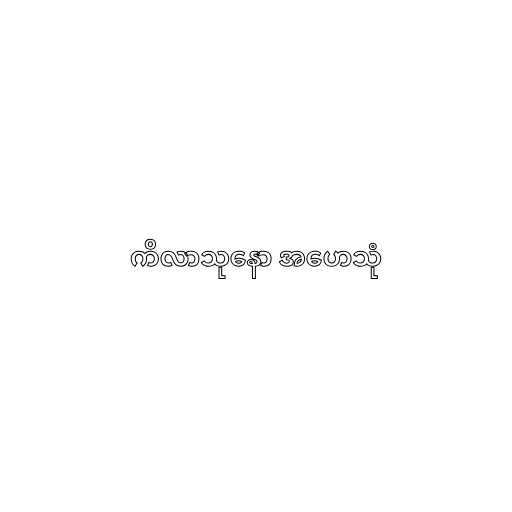
ကိလာသုနော အဟေသုံ